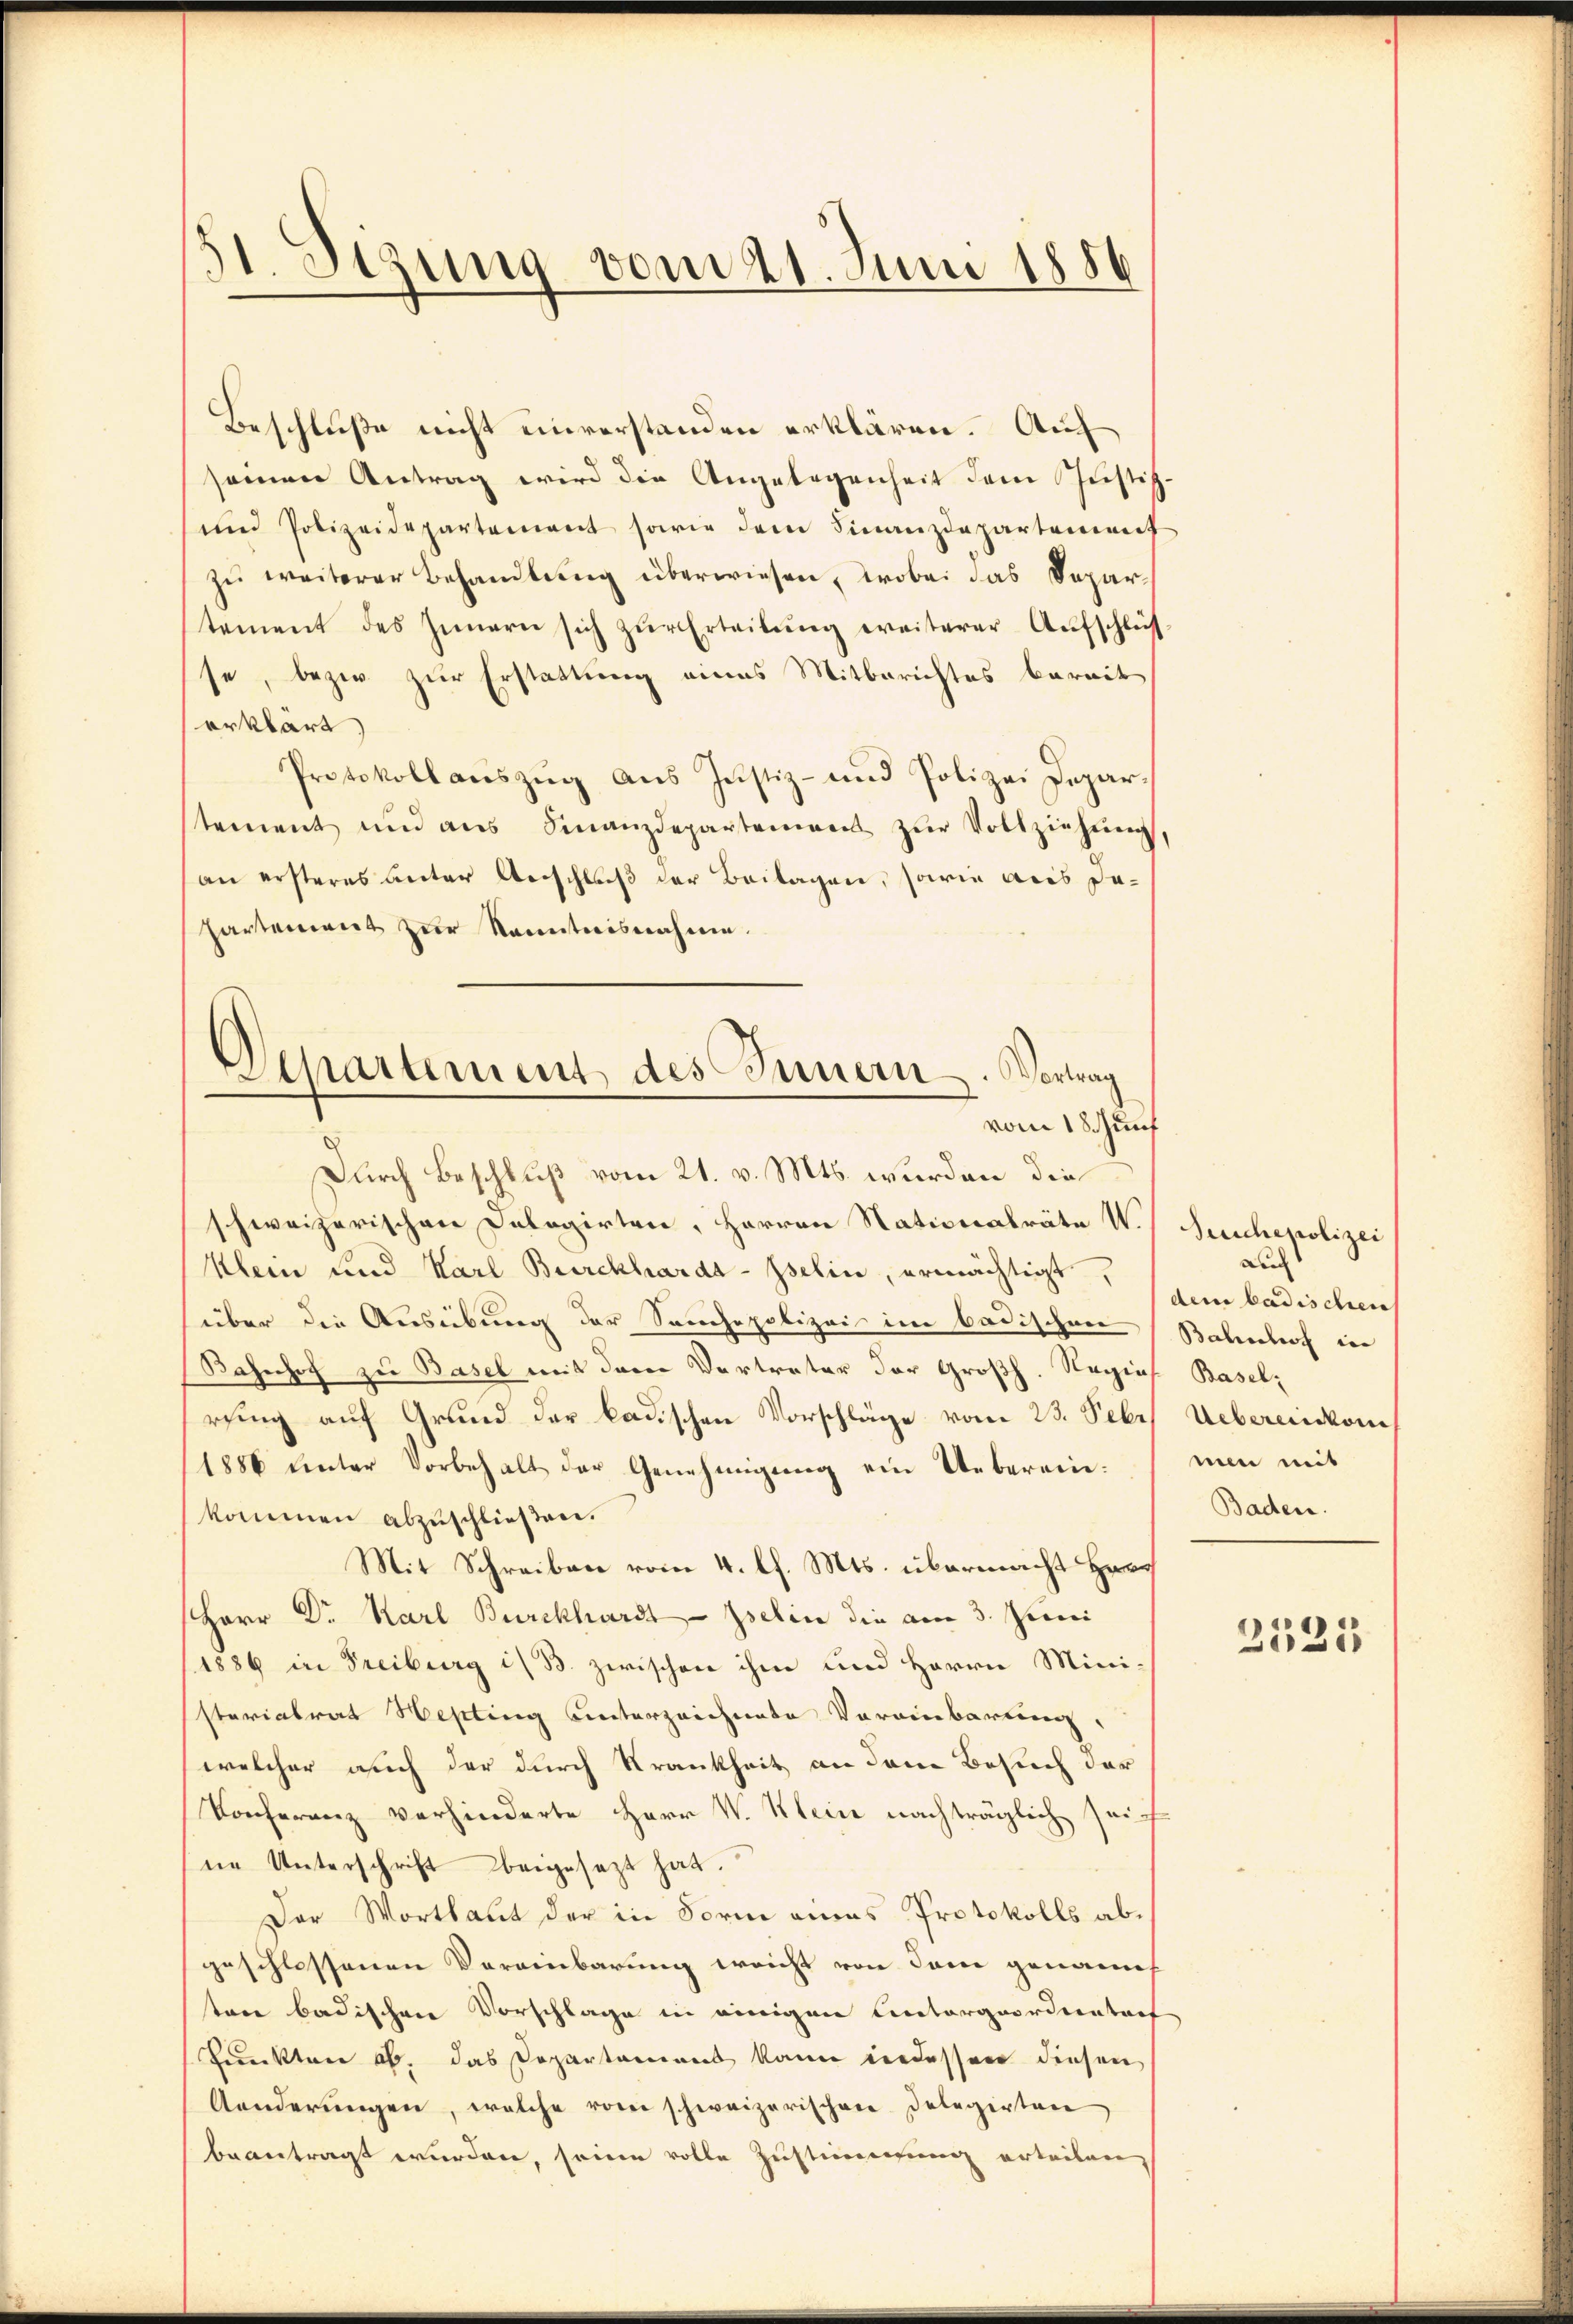
31. Sizung vom 21. Juni 1856

Beschluße nicht einverstanden erklären. Auf
seinen Antrag wird die Angelegenheit dem Justiz-
und Polizeidepartement sowie dem Finanzdepartement
zŭ weiterer Behandlŭng überwiesen, wobei das Departement des Innern sich zŭr Erteilŭng weiterer Aŭfschlüs
se, bezw. zur Erstattung eines Mitberichtes bereit
erklärt,
Protokoll aŭszŭg aŭs Justiz- und Polizei Depar-
stement und ans Finanzdepartemens zŭr Vollziehŭng,
an ersteres unter Anschluß der Beilagen, sowie aus dahartement zur Kenntnisnahme.
Durch Beschluß vom 21. v. Mts. wurden die
schweizerischen Delegirten, Herren Nationalräte W.
Klein und Karl Burckhardt-Iselin, ermächtigt,
über die Ausübung der Sanchepolizei im Badischen
Bahnhof zu Basel mit dem Vertreter der Großh. Regies. Basel-
rung auf Grund der badischen Vorschläge vom 23. Sebr
1886 unter Vorbehalt der Genehmigung ein Ueberein.
kommen abzuschließen.
Mit Schreiben vom 4. l. Mts. übermacht Hrn.
Herr Dr. Karl Burckhardt - Iselin die am 3. Juni
1886 in Freiburg i. B. zwischen ihm und Herrn Ministerialrat Hepting unterzeichnete Vereinbarung,
welcher auch der durch Krankheit an dem Besuch der
Konferenz verhinderte Herr V. Klein nachträglich sein
ne Unterschrift beigesezt hat.
Der Wortlaut der in Form eines Protokolls abgeschlossenen Vereinbarung weicht von dem genannt
tone badischen Vorschlage in einigen Entargoordientref
Punkten ab, das Departement kann indessen diesen
Aenderŭngen, welche vom schweizerischen Delegirten
beantragt wurden, seine volle Zustimmung erteilen,

Departement des Innern. Vortrag
vom 18. Zunf

Seuchepolizei
auch
dem badischen
Bahnhof in
Uebereinkom
men mit
Baden.

2523